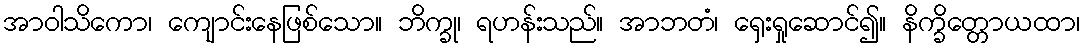
အာဝါသိကော၊ ကျောင်းနေဖြစ်သော။ ဘိက္ခု၊ ရဟန်းသည်။ အာဘတံ၊ ရှေးရှုဆောင်၍။ နိက္ခိတ္တောယထာ၊